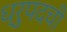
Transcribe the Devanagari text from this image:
ध्रुपदची